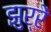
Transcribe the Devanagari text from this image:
झुर्रें